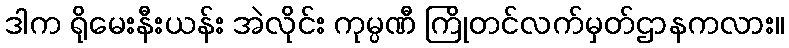
ဒါက ရိုမေးနီးယန်း အဲလိုင်း ကုမ္ပဏီ ကြိုတင်လက်မှတ်ဌာနကလား။